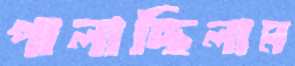
পালাচ্ছিলাম